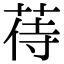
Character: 𦱎